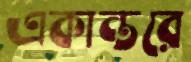
একান্তরে